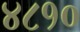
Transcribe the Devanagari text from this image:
४८१०